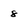
Character: 8